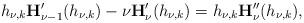
LaTeX: \begin{align*}{h_{\nu,k}}\mathbf{H}_{\nu-1}'(h_{\nu,k})-\nu\mathbf{H}_{\nu}'(h_{\nu,k})=h_{\nu,k}\mathbf{H}_{\nu}''(h_{\nu,k}),\end{align*}